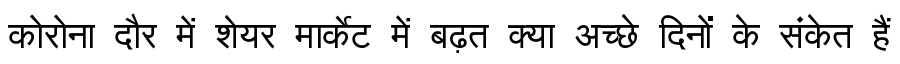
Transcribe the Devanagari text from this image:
कोरोना दौर में शेयर मार्केट में बढ़त क्या अच्छे दिनों के संकेत हैं